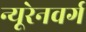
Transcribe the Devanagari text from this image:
न्यूरेनवर्ग